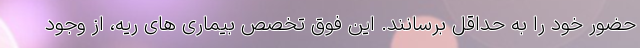
حضور خود را به حداقل برسانند. این فوق تخصص بیماری های ریه، از وجود